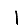
Digit: 1